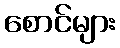
စောင်များ